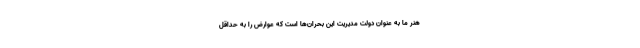
هنر ما به عنوان دولت مدیریت این بحران‌ها است که عوارض را به حداقل